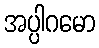
အပ္ပါဂမော